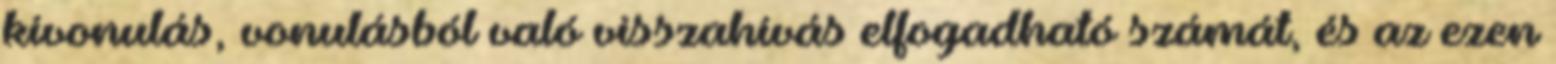
kivonulás, vonulásból való visszahívás elfogadható számát, és az ezen